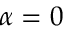
\alpha = 0